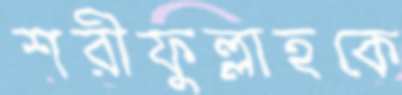
শরীফুল্লাহকে